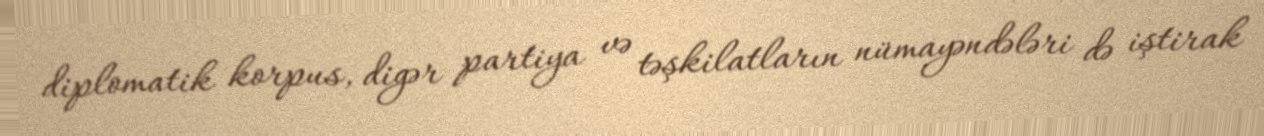
diplomatik korpus, digər partiya və təşkilatların nümayəndələri də iştirak